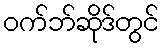
ဝက်ဘ်ဆိုဒ်တွင်